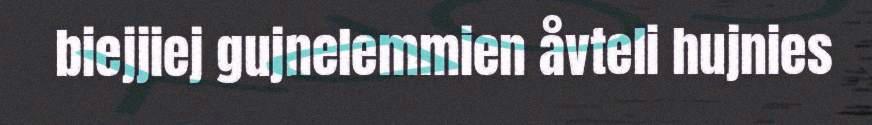
biejjiej gujnelemmien åvteli hujnies